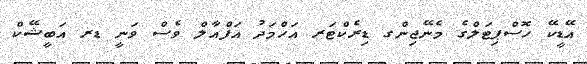
އޭޑީކޭ ހޮސްޕިޓަލްގެ މެނޭޖިންގ ޑިރެކްޓަރ އަހްމަދު އަފްއާލް ވެސް ވަނީ ޑރ އަބީޝޭކް